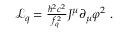
\begin{array} { r } { \mathcal { L } _ { q } = \frac { \hbar ^ { 2 } c ^ { 2 } } { f _ { q } ^ { 2 } } J ^ { \mu } \partial _ { \mu } \varphi ^ { 2 } ~ . } \end{array}